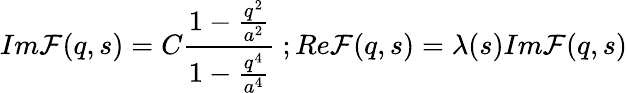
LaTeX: Im\mathcal{F}(q,s)=C\frac{{1-\frac{{q^{2}}}{{a^{2}}}}}{{1-\frac{{q^{4}}}{{a^{4}}}}}\ ;Re\mathcal{F}(q,s)=\lambda(s)Im\mathcal{F}(q,s)